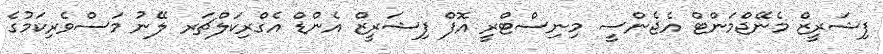
ފިޝަރީޒް މެނޭޖްމަންޓް އެޖެންސީ މިނިސްޓްރީ އޮފް ފިޝަރީޒް އެންޑް އެގްރިކަލްޗަރ ލޭނު މަސްވެރިކަމުގެ